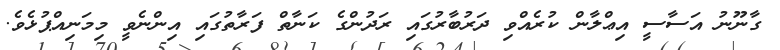
ގާނޫނު އަސާސީ އިޢްލާން ކުރެއްވި ދަރުބާރުގައި ރަދުންގެ ކަނާތް ފަރާތުގައި އިންނެވީ މިމަނިއްޕުޅެވެ.